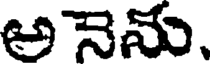
అనెను.